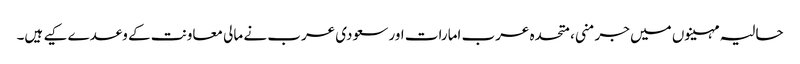
حالیہ مہینوں میں جرمنی، متحدہ عرب امارات اور سعودی عرب نے مالی معاونت کے وعدے کیے ہیں۔